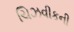
ચિઝવીકની